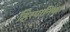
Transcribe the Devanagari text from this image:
हिस्पानिका